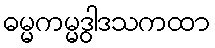
ဓမ္မကမ္မဒွါဒသကထာ